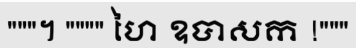
"""។ """" ហៃ ឧបាសក !"""